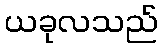
ယခုလသည်